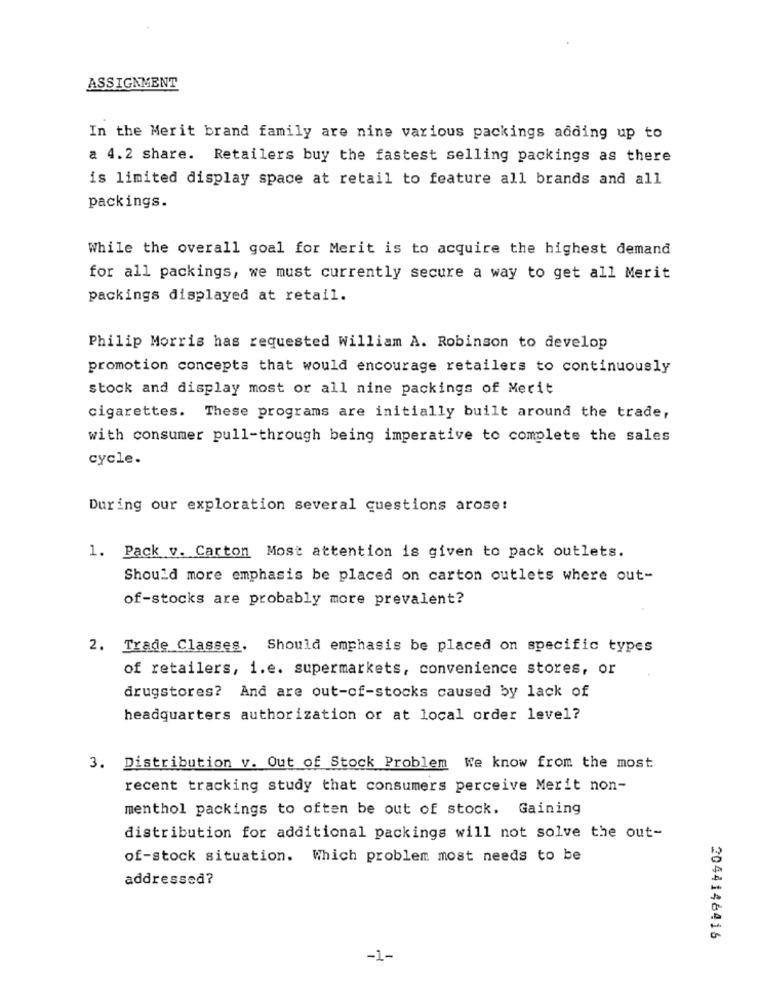
ASSIGNMENT
In the Merit brand family are nine various packings adding up to
a 4.2 share. Retailers buy the fastest selling packings as there
is limited display space at retail to feature all brands and all
packings.
While the overall goal for Merit is to acquire the highest demand
for all packings, we must currently secure a way to get all Merit
packings displayed at retail.
Philip Morris has requested William A. Robinson to develop
promotion concepts that would encourage retailers to continuously
stock and display most or all nine packings of Merit
cigarettes. These programs are initially built around the trade,
with consumer pull-through being imperative to complete the sales
cycle.
During our exploration several questions arose!
1. Pack v. Carton Most attention is given to pack outlets.
Should more emphasis be placed on carton outlets where out-
of-stocks are probably more prevalent?
2. Trade Classes. Should emphasis be placed on specific types
of retailers, i.e. supermarkets, convenience stores, or
drugstores? And are out-of-stocks caused by lack of
headquarters authorization or at local order level?
3. Distribution v. Out of Stock Problem We know from the most
recent tracking study that consumers perceive Merit non-
menthol packings to often be out of stock. Gaining
distribution for additional packings will not solve the out-
of-stock situation. Which problem most needs to be
addressed?
2044146416
-1-